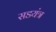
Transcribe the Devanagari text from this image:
सडयंत्र